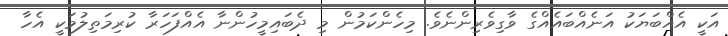
އަކީ އެއްބަޔަކު އަނެއްބައެއްގެ ވާގިވެރިންނެވެ. މިހެންކަމުން މި ދެބައިމީހުންނާ އެއްފަހަރާ ކުރިމަތިލުމަކީ އެހާ